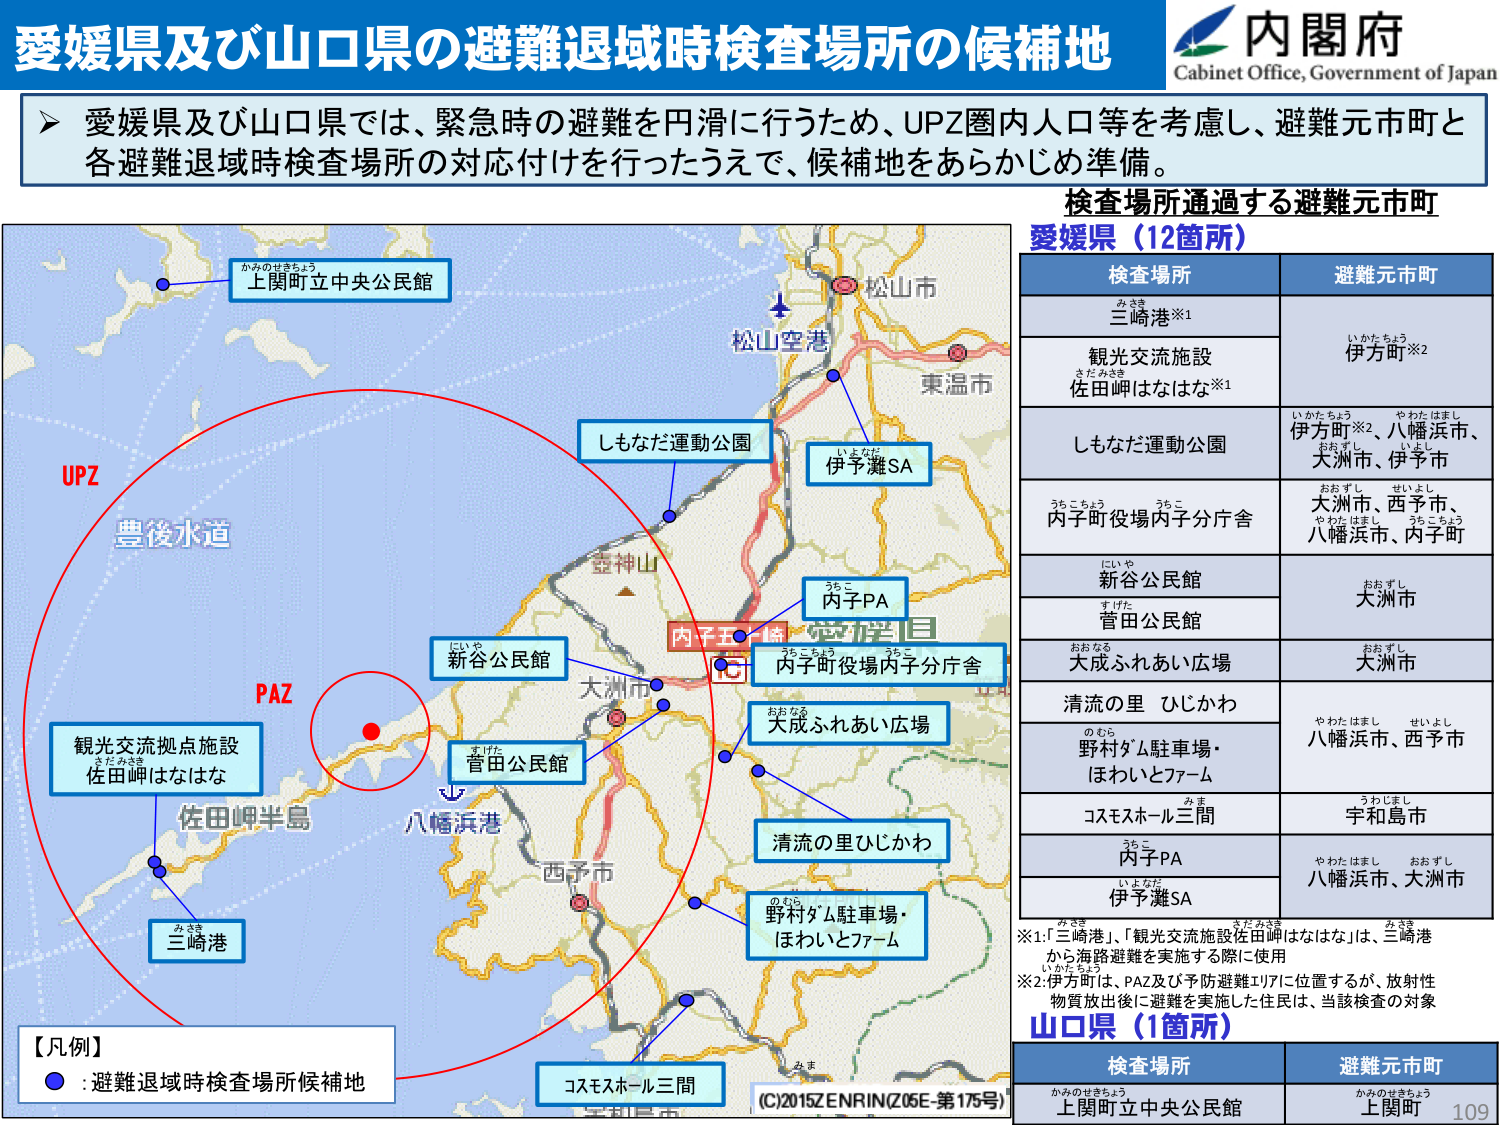
愛媛県及び山口県の避難退域時検査場所の候補地
内閣府
Cabinet Office, Government of Japan

▶ 愛媛県及び山口県では、緊急時の避難を円滑に行うため、UPZ圏内人口等を考慮し、避難元市町と各避難退域時検査場所の対応付けを行ったうえで、候補地をあらかじめ準備。

検査場所通過する避難元市町
愛媛県（12箇所）

検査場所　　　　　　　　　避難元市町
三崎港※1　　　　　　　　　　いかけちょう
観光交流施設　　　　　　　　伊方町※2
佐田岬はなはな※1
しもなだ運動公園　　　　　　いかけちょう、やわたはまし、
　　　　　　　　　　　　　　大洲市、伊予市
内子町役場内子分庁舎　　　　おおすし、せいよし、
　　　　　　　　　　　　　　やわたはまし、うちこちょう
新谷公民館　　　　　　　　　　おおすし
菅田公民館　　　　　　　　　　大洲市
大成ふれあい広場　　　　　　おおすし
清流の里 ひじかわ　　　　　　やわたはまし、せいよし
野村ダム駐車場・　　　　　　八幡浜市、西予市
ほわいとファーム
コスモスホール三間　　　　　　うわじまし
　　　　　　　　　　　　　　宇和島市
内子PA　　　　　　　　　　　　やわたはまし、おおすし
　　　　　　　　　　　　　　八幡浜市、大洲市
伊予灘SA

※1.「三崎港」、「観光交流施設佐田岬はなはな」は、三崎港から海路避難を実施する際に使用
※2.伊方町は、PAZ及び予防避難エリアに位置するが、放射性物質放出後に避難を実施した住民は、当該検査の対象

山口県（1箇所）

検査場所　　　　　　　　　避難元市町
上関町立中央公民館　　　　かみのせきちょう
　　　　　　　　　　　　　　上関町

【凡例】
● : 避難退域時検査場所候補地

UPZ
豊後水道
PAZ
観光交流拠点施設
佐田岬はなはな
佐田岬半島
三崎港
しもなだ運動公園
伊予灘SA
松山空港
松山市
東温市
壺神山
内子PA
内子町役場内子分庁舎
大洲市
新谷公民館
菅田公民館
八幡浜港
西予市
大成ふれあい広場
清流の里ひじかわ
野村ダム駐車場・
ほわいとファーム
コスモスホール三間
宇和島市

(C)2015ZENRIN(Z05E-第175号)
109